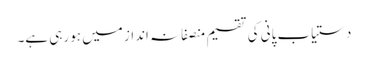
دستیاب پانی کی تقسیم منصفانہ انداز میں ہو رہی ہے۔